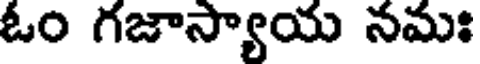
ఓం గజాస్యాయ నమః